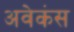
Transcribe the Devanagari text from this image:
अवेकंस